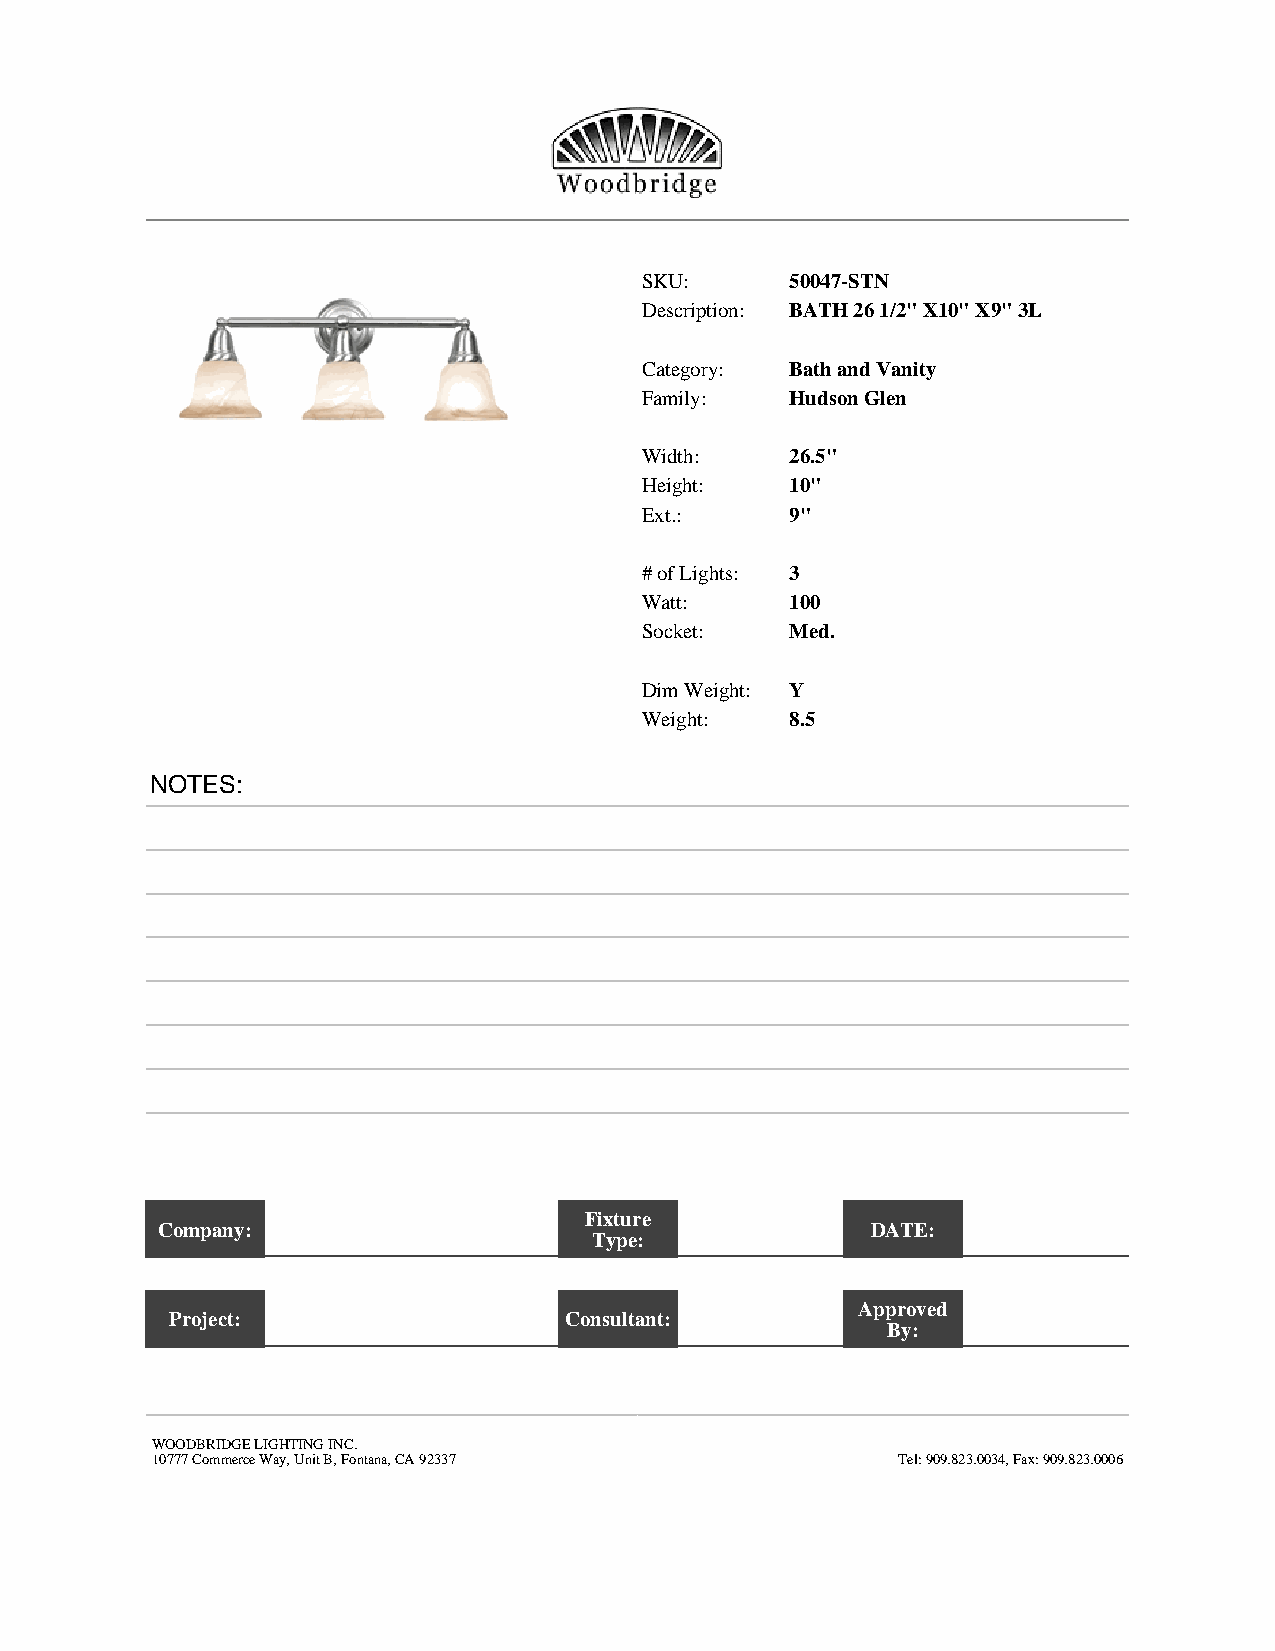
SKU:      50047-STN
 Description: BATH 26 1/2" X10" X9" 3L
 Category: Bath and Vanity
 Family:   Hudson Glen
 Width:    26.5"
 Height:   10"
 Ext.:     9"
 # of Lights: 3
 Watt:     100
 Socket:   Med.
 Dim Weight: Y
 Weight:   8.5
 NOTES:
 Fixture
 Company:                                        DATE:
 Type:
 Approved
 Project:                  Consultant:
 By:
 WOODBRIDGE LIGHTING INC.
 10777 Commerce Way, Unit B, Fontana, CA 92337    Tel: 909.823.0034, Fax: 909.823.0006